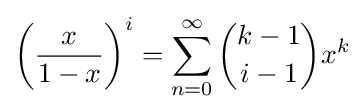
\left({\frac {x}{1-x}}\right)^{i}=\sum _{n=0}^{\infty }{k-1 \choose i-1}x^{k}